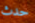
حدث